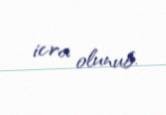
icra olunub.